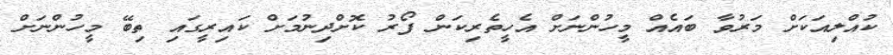
ކުއްލިއަކަށް މަރުވާ ބައެއް މީހުންނަށް އެހީތެރިކަން ފޯރު ކޮށްދިނުމަށް ކައިރީގައި ތިބޭ މީހުންނަށް